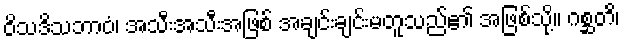
ဝိသဒိသဘာဝံ၊ အသီးအသီးအဖြစ် အချင်းချင်းမတူသည်၏ အဖြစ်သို့။ ဂစ္ဆတိ၊